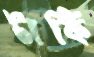
টার্কি